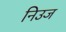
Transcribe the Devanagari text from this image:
निउज